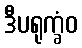
ဒီပရုက္ခံဝ